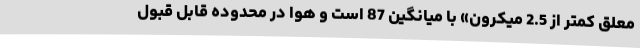
معلق کمتر از 2.5 میکرون» با میانگین 87 است و هوا در محدوده قابل قبول